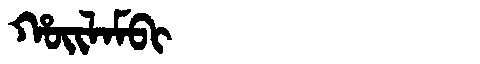
Manchu: ᡥᠣᡳᠯᠠᠮᠪᡳ
Romanization: HOILAMBI